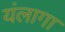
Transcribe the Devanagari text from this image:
यंलागा